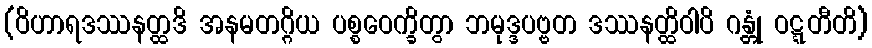
(ဝိဟာရဒဿနတ္ထဒိ အနမတဂ္ဂိယ ပစ္စဝေက္ခိတွာ ဘမုဒ္ဒပဗ္ဗတ ဒဿနတ္ထိဝါပိ ဂန္တုံ ဝဋ္ဋတီတိ)